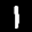
Label: 1